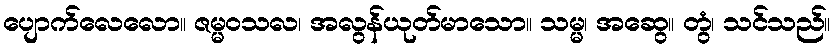
ပျောက်လေလော။ ဇမ္မဝသလ၊ အလွန်ယုတ်မာသော။ သမ္မ၊ အဆွေ။ တွံ၊ သင်သည်။